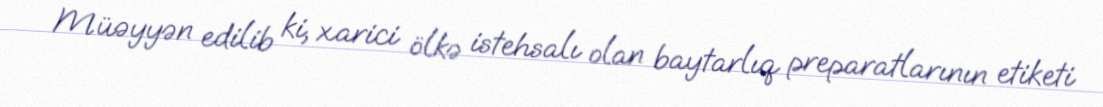
Müəyyən edilib ki, xarici ölkə istehsalı olan baytarlıq preparatlarının etiketi